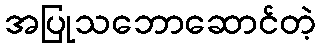
အပြုသဘောဆောင်တဲ့